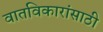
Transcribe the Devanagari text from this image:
वातविकारांसाठी